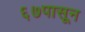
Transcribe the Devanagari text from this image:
६७पासून